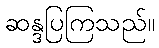
ဆန္ဒပြကြသည်။